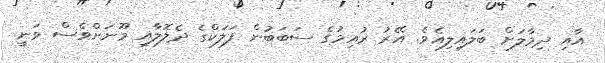
އާއި ދިމާލަށް ބަަލައިލިއެވެ. އޭރު ރުއިމުގެ ސަބަބުން ފަލަކްގެ ދެލޮލާއި މޫނަށްވެސް ވަނީ